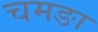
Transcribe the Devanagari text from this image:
चमङा